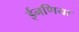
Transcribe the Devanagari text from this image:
ईनणिया